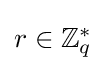
\textstyle r\in \mathbb {Z} _{q}^{*}